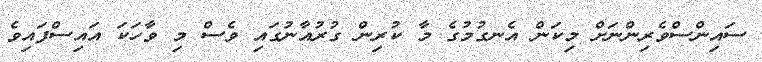
ސައިންސްވެރިންނަށް މިކަން އެނގުމުގެ މާ ކުރިން ގުރުއާނުގައި ވެސް މި ވާހަކަ އައިސްފައިވެ